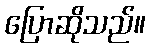
ပြောဆိုသည်။